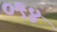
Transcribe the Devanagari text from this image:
०९४